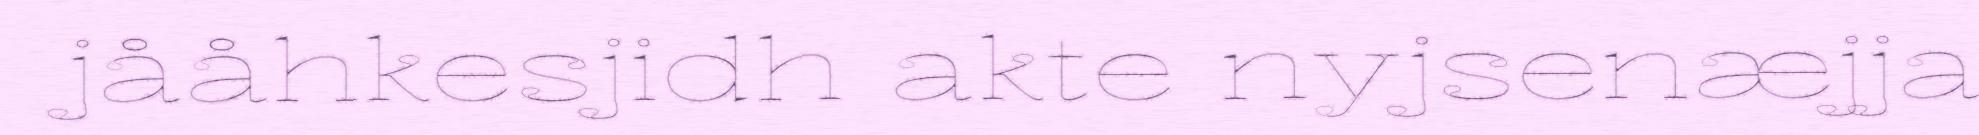
jååhkesjidh akte nyjsenæjja